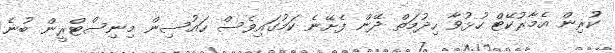
ކުރިން އެމާރުކޭޓް ހުޅުވާ ހިދުމަތް ދޭން ފެށޭނެ ކަމުގައިވެސް ހައުސިން މިނިސްޓްރީން ބުނެ